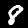
Digit: 8